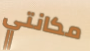
مكانتي